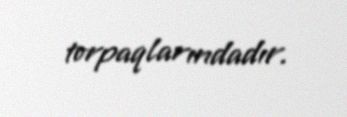
torpaqlarındadır.